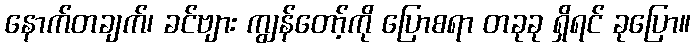
နောက်တချက်၊ ခင်ဗျား ကျွန်တော့်ကို ပြောစရာ တခုခု ရှိရင် ခုပြော။